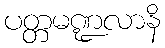
ပတ္တမဏ္ဍလာနိ